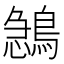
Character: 𪂺